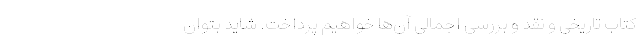
کتاب‌ تاریخی و نقد و بررسی اجمالی آن‌ها خواهیم پرداخت. شاید بتوان